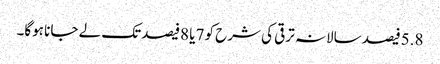
5.8فیصد سالانہ ترقی کی شرح کو 7یا 8فیصدتک لے جانا ہوگا۔